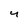
Character: 4